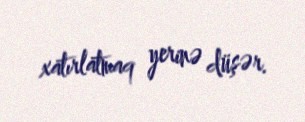
xatırlatmaq yerinə düşər.